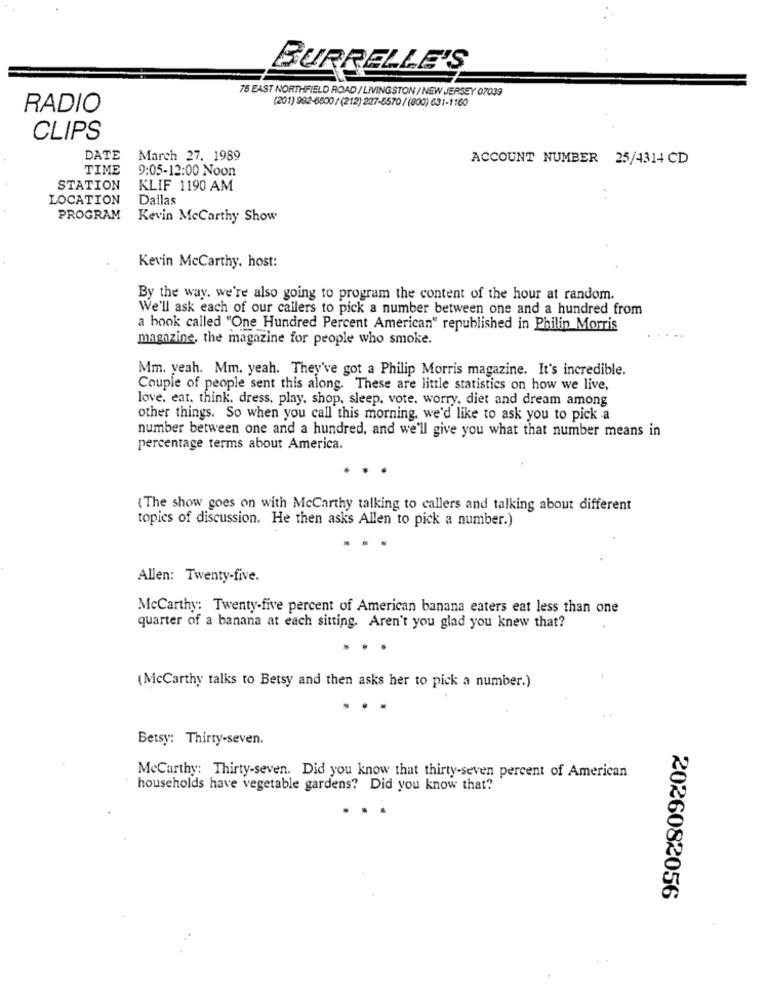
BURRELLE'S
75 EAST NORTHFIELD ROAD / LIVINGSTON / NEW JERSEY 07039
RADIO
(201) 992-6500 / (212) 227-5570/ (800) 631-1160
CLIPS
DATE
March 27. 1989
ACCOUNT NUMBER 25/4314 CD
TIME
9:05-12:00 Noon
STATION
KLIF 1190 AM
LOCATION
Dallas
PROGRAM
Kevin Mccarthy Show
Kevin Mccarthy, host:
By the way. we're also going to program the content of the hour at random.
We'll ask each of our callers to pick a number between one and a hundred from
a book called "One Hundred Percent American" republished in Philip Morris
magazine, the magazine for people who smoke.
Mm. yeah. Mm. yeah. They've got a Philip Morris magazine. It's incredible.
Couple of people sent this along. These are little statistics on how we live,
love. eat. think, dress, play, shop, sleep, vote. worry, diet and dream among
other things. So when you call this morning, we'd like to ask you to pick a
number between one and a hundred, and we'll give you what that number means in
percentage terms about America.
(The show goes on with McCarthy talking to callers and talking about different
topics of discussion. He then asks Allen to pick a number.)
Allen: Twenty-five.
Mccarthy: Twenty-five percent of American banana eaters eat less than one
quarter of a banana at each sitting. Aren't you glad you knew that?
.
(McCarthy talks to Betsy and then asks her to pick a number.)
..
Betsy: Thirty-seven.
MeCarthy: Thirty-seven. Did you know that thirty-seven percent of American
households have vegetable gardens? Did you know that?
2026082056